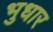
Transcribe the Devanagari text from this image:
भुधार